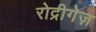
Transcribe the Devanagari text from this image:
रोद्रीगेज़